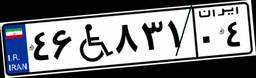
۴۶W۸۳۱۰۴